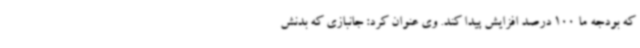
که بودجه ما 100 درصد افزایش پیدا کند. وی عنوان کرد: جانبازی که بدنش